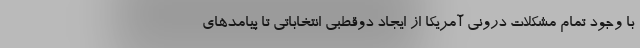
با وجود تمام مشکلات درونی آمریکا از ایجاد دوقطبی انتخاباتی تا پیامدهای